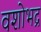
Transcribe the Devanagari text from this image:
वशोभद्र